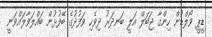
ޑީޕީ ވޯލްޑުން ހިންގާ ޖަބަލް އަލީ ބަނދަރު ދިވެހި ވަފުދުގެ ބޭފުޅުން ބައްލަވާލައްވަނީ